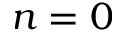
n = 0